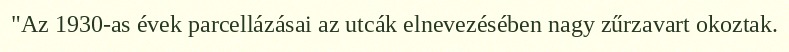
"Az 1930-as évek parcellázásai az utcák elnevezésében nagy zűrzavart okoztak.